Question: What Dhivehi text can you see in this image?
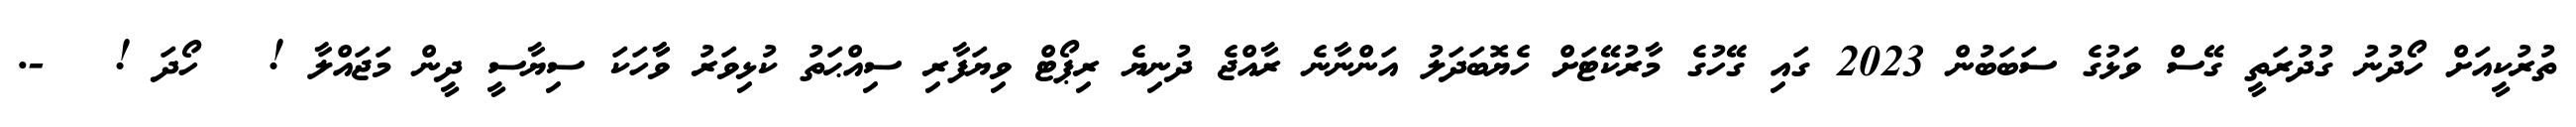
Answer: ތުރުކީއަށް ހޯދުނު ގުދުރަތީ ގޭސް ވަޅުގެ ސަބަބުން 2023 ގައި ގޭހުގެ މާރުކޭޓަށް ހެޔޮބަދަލު އަންނާނެ ރާއްޖެ ދުނިޔެ ރިޕޯޓް ވިޔަފާރި ސިއްޙަތު ކުޅިވަރު ވާާހަކަ ސިޔާސީ ދީން މަޖައްލާ ! ? ހޯދަ ! ? -.